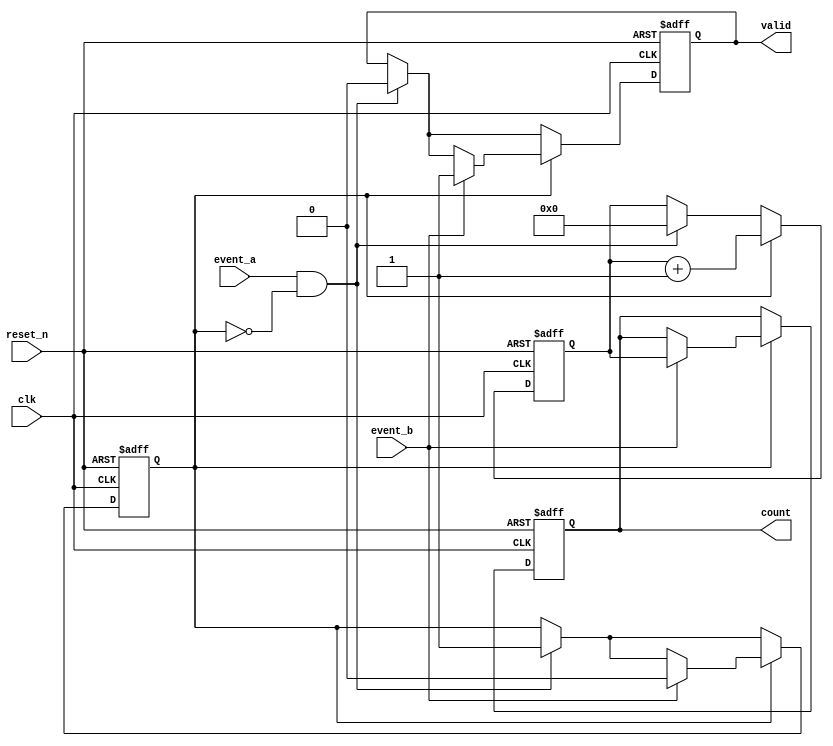
module TDC (
    input wire clk,            // High-frequency clock
    input wire reset_n,       // Active-low reset
    input wire event_a,       // Event A input
    input wire event_b,       // Event B input
    output reg [31:0] count,  // Count value output
    output reg valid          // Indicates valid count output
);

    reg [31:0] counter;       // Counter to count clock cycles
    reg counting;             // State to indicate counting is active

    // State machine to handle the TDC operation
    always @(posedge clk or negedge reset_n) begin
        if (!reset_n) begin
            counter <= 32'b0; // Reset counter
            count <= 32'b0;   // Reset output count
            valid <= 1'b0;    // Reset valid flag
            counting <= 1'b0;  // Reset counting state
        end else begin
            if (event_a && !counting) begin
                // Start counting on Event A
                counting <= 1'b1;
                counter <= 32'b0; // Initialize counter
                valid <= 1'b0;    // Reset valid flag
            end
            
            if (counting) begin
                counter <= counter + 1; // Increment counter on clock

                if (event_b) begin
                    // Stop counting on Event B
                    counting <= 1'b0;
                    count <= counter; // Store count value
                    valid <= 1'b1;    // Set valid flag
                end
            end
        end
    end

endmodule